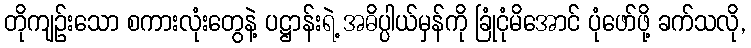
တိုကျဉ်းသော စကားလုံးတွေနဲ့ ပဋ္ဌာန်းရဲ့ အဓိပ္ပါယ်မှန်ကို ခြုံငုံမိအောင် ပုံဖော်ဖို့ ခက်သလို,